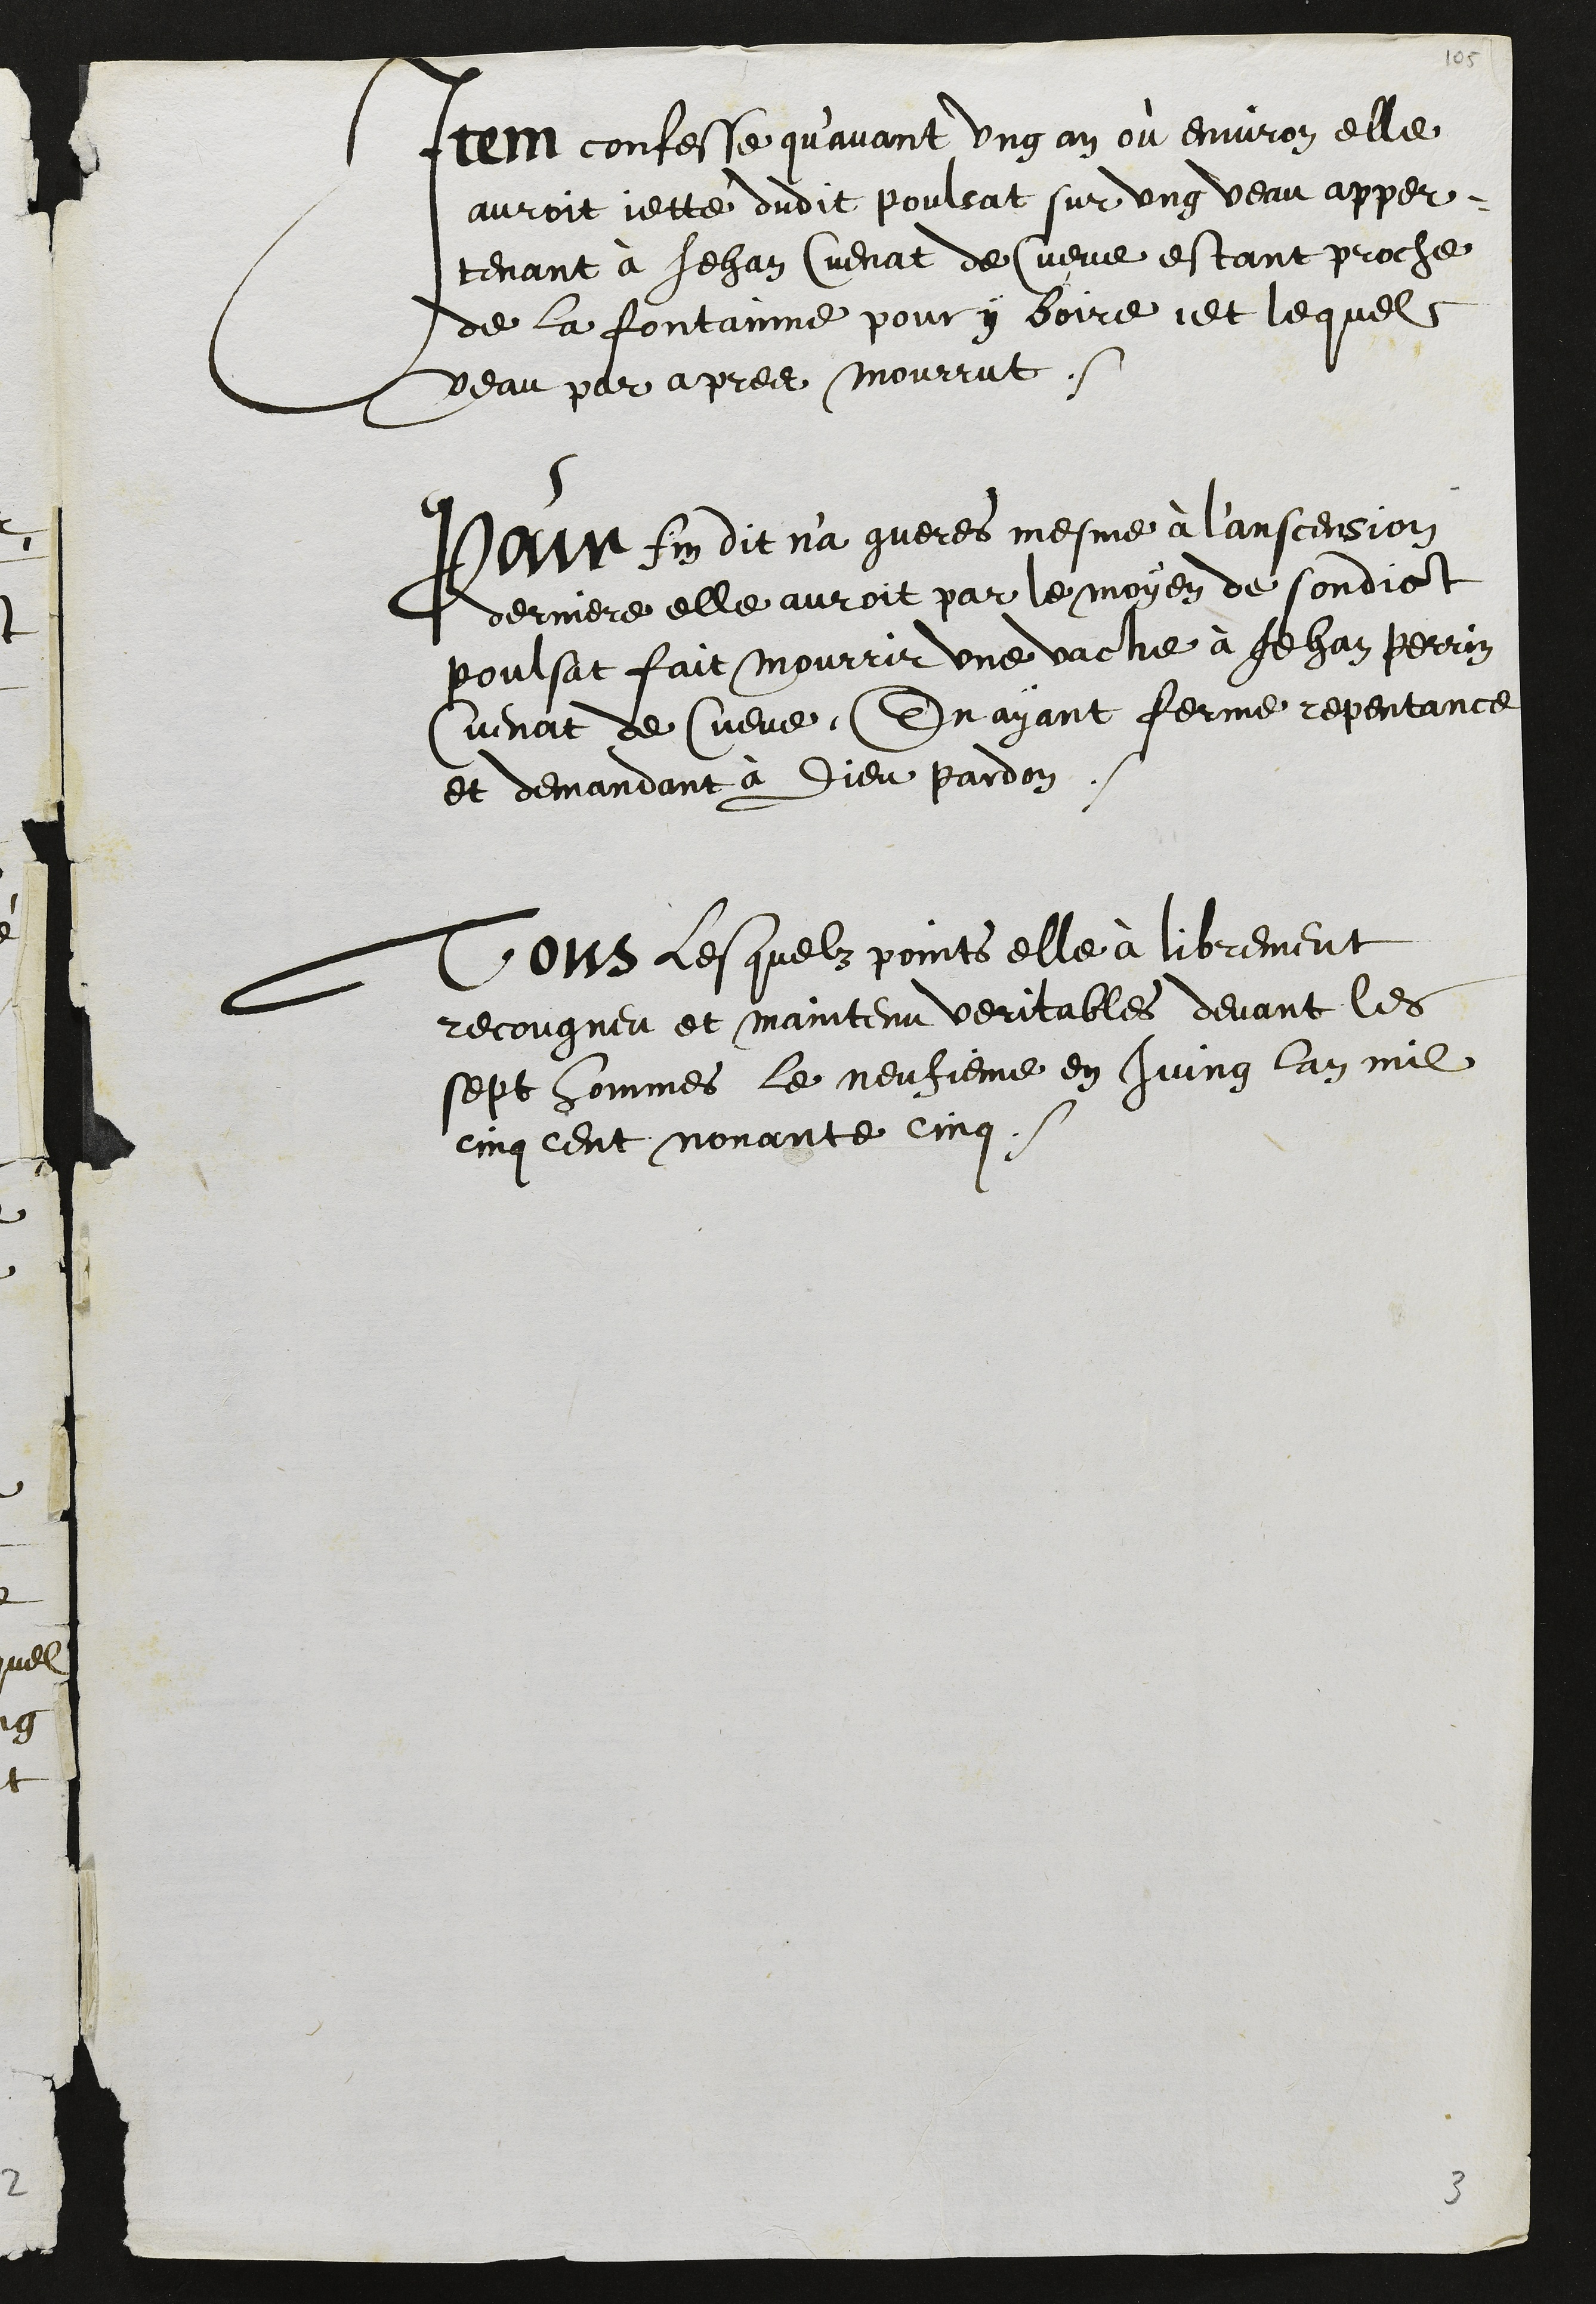
Item confesse qu'avant ung an ou environ elle
auroit jetté dudit poulsat sur ung veau apper-
tenant à Jehan Cuenat de Cueve estant proche
de la fontainne pour y boire, et lequel
veau par apres mourrut.
Pour fin dit n'a gueres mesme à l'anscension
derniere elle auroit par le moyen de sondict
poulsat fait mourrir une vache à Jehan Perrin
Cuenat de Cueve, En ayant ferme repentance
et demandant à Dieu pardon.
Tous lesquelz points elle à librement
recougneu et maintenu veritables devant les
sept hommes le neufieme en juing lan mil
cinq cent nonante cinq.

3